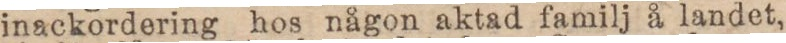
inackordering hos någon aktad familj å landet,